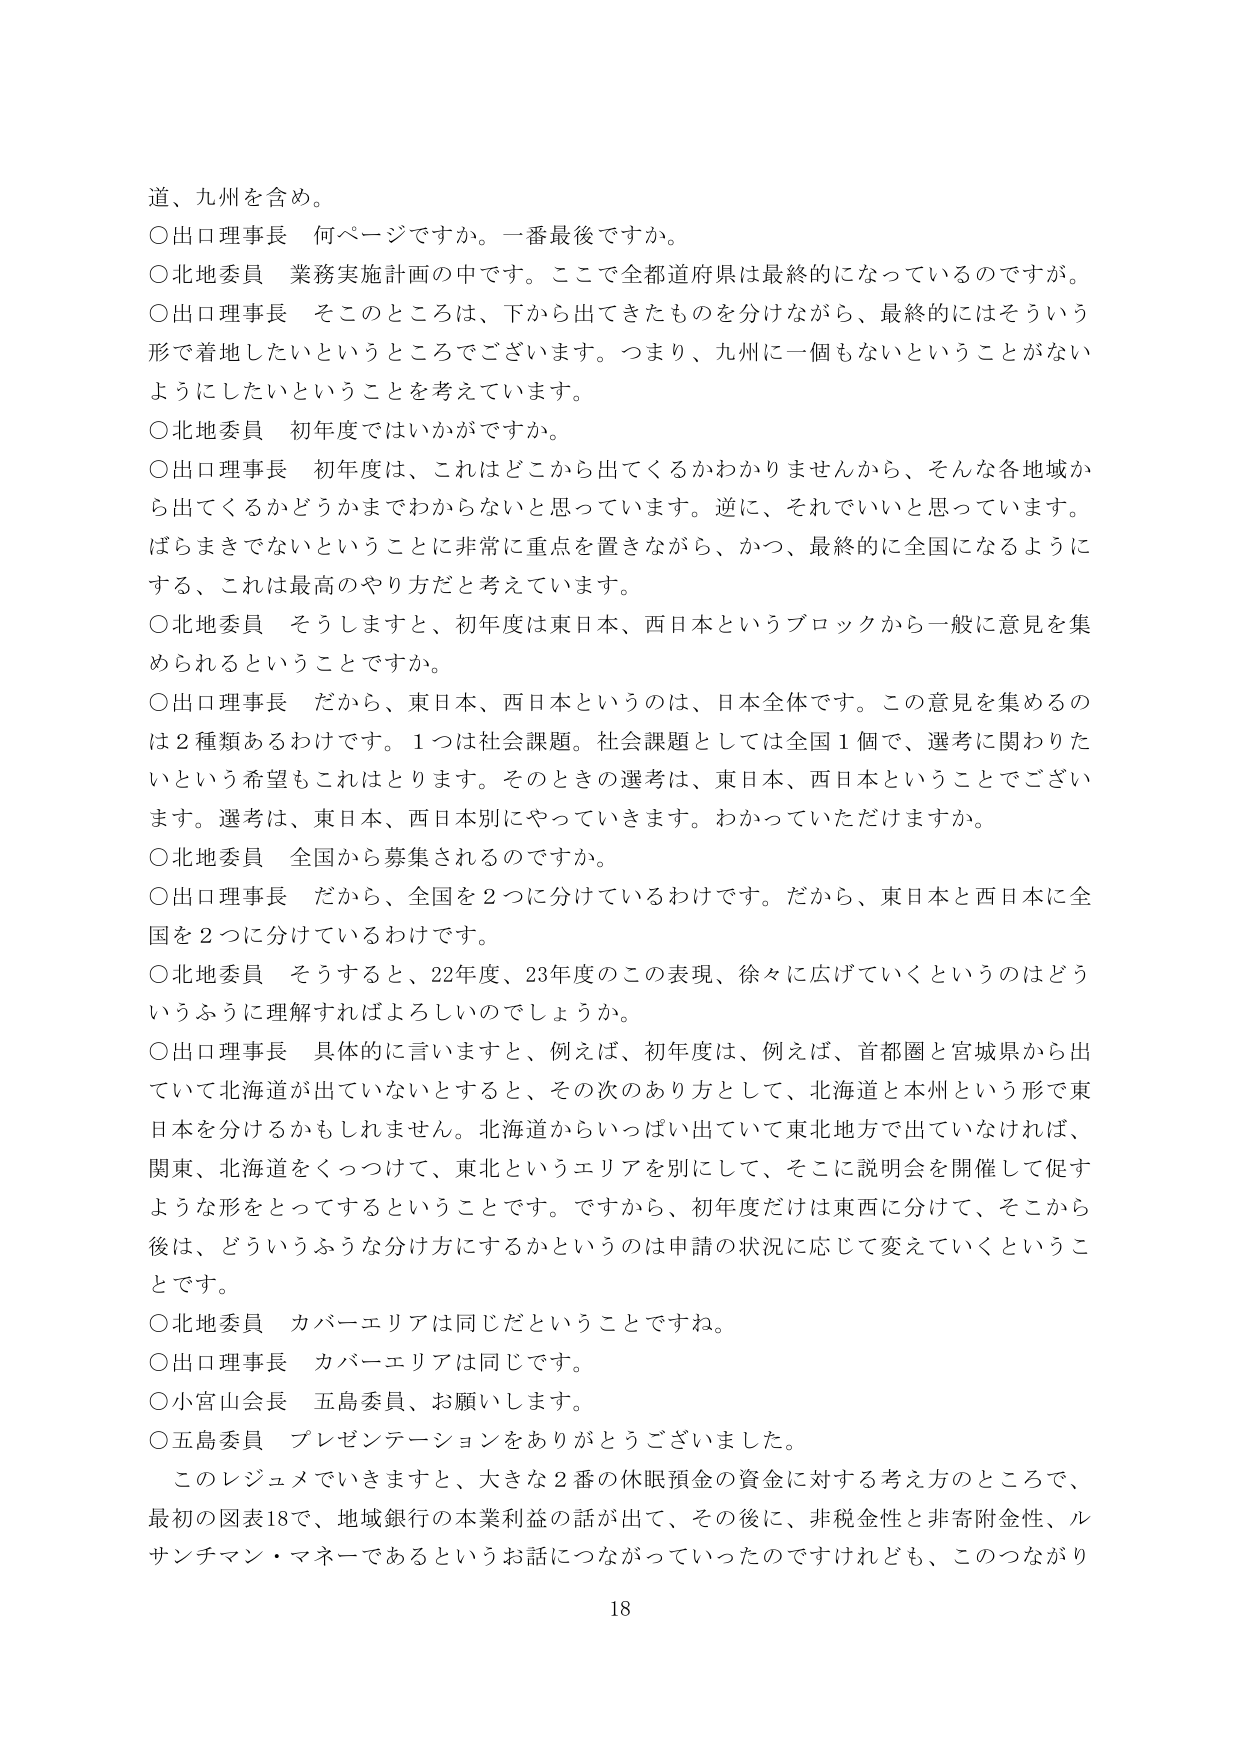
道、九州を含め。

○出口理事長　何ページですか。一番最後ですか。

○北地委員　業務実施計画の中です。ここで全都道府県は最終的になっているのですが。

○出口理事長　そのところは、下から出てきたものを分けながら、最終的にはそういう形で着地したいというところでございます。つまり、九州に一個もないということがないようにしたいということを考えています。

○北地委員　初年度ではいかがですか。

○出口理事長　初年度は、これはどこから出てくるかわかりませんから、そんな各地域から出てくるかどうかまでわからないと思っています。逆に、それでいいと思っています。ばらまきでないということに非常に重点を置きながら、かつ、最終的に全国になるようにする、これは最高のやり方だと考えています。

○北地委員　そうしますと、初年度は東日本、西日本というブロックから一般に意見を集められるということですか。

○出口理事長　だから、東日本、西日本というのは、日本全体です。この意見を集めるのは２種類あるわけです。１つは社会課題。社会課題としては全国１個で、選考に関わりたいという希望もこれはとります。そのときの選考は、東日本、西日本ということでございます。選考は、東日本、西日本別にやっていきます。わかっていただけますか。

○北地委員　全国から募集されるのですか。

○出口理事長　だから、全国を２つに分けているわけです。だから、東日本と西日本に全国を２つに分けているわけです。

○北地委員　そうすると、22年度、23年度のこの表現、徐々に広げていくというのはどういうふうに理解すればよろしいのでしょうか。

○出口理事長　具体的に言いますと、例えば、初年度は、例えば、首都圏と宮城県から出ていて北海道が出ていないとすると、その次のあり方として、北海道と本州という形で東日本を分けるかもしれません。北海道からいっぱい出ていて東北地方で出ていなければ、関東、北海道をくっつけて、東北というエリアを別にして、そこに説明会を開催して促すような形をとってするということです。ですから、初年度だけは東西に分けて、そこから後は、どういうふうな分け方にするかというのは申請の状況に応じて変えていくということです。

○北地委員　カバーエリアは同じだということですね。

○出口理事長　カバーエリアは同じです。

○小宮山会長　五島委員、お願いします。

○五島委員　プレゼンテーションをありがとうございました。

このレジュメでいきますと、大きな２番の休眠預金の資金に対する考え方のところで、最初の図表18で、地域銀行の本業利益の話が出て、その後に、非税金性と非寄附金性、ルサンチマン・マネーであるというお話につながっていったのですけれども、このつながり

18